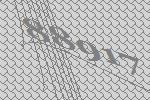
88917